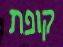
קופת